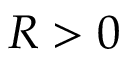
R > 0